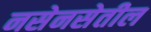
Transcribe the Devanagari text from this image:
नसेनसेतील